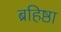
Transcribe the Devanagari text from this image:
ब्रहिष्ठा